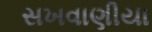
સખવાણીયા